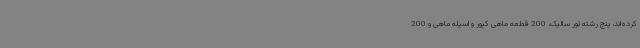
کرده‌اند، پنج رشته تور سالیک، 200 قطعه ماهی کپور و اسپله ماهی و 200